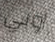
اوبي